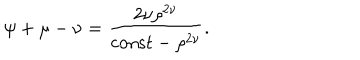
\psi + \mu - \nu = \frac { 2 \nu \rho ^ { 2 \nu } } { \mathrm { c o n s t } - \rho ^ { 2 \nu } } .